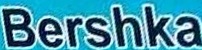
Bershka